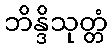
ဘိန္ဒိသုတ္တံ